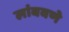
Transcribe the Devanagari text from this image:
लांबवणे